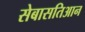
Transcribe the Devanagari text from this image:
सेबासतिआन